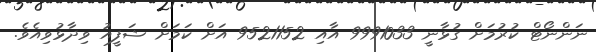
ނަންނޯޓް ކުރުމަށް ގުޅާނީ 9991033 އާއި 9521152 އަށް ކަމަށް ޝަފީއު ވިދާޅުވިއެވެ.